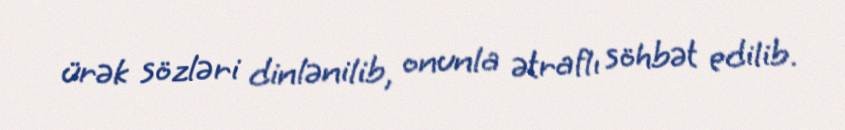
ürək sözləri dinlənilib, onunla ətraflı söhbət edilib.